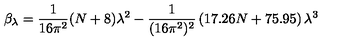
\beta _ { \lambda } = \frac { 1 } { 1 6 \pi ^ { 2 } } ( N + 8 ) \lambda ^ { 2 } - \frac { 1 } { ( 1 6 \pi ^ { 2 } ) ^ { 2 } } \left( 1 7 . 2 6 N + 7 5 . 9 5 \right) \lambda ^ { 3 }